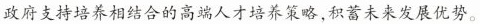
政府支持培养相结合的高端人才培养策略，积蓄未来发展优势。